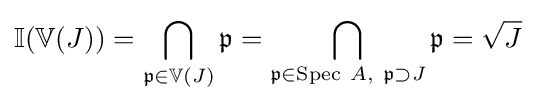
\mathbb {I} (\mathbb {V} (J))=\bigcap _{{\mathfrak {p}}\in \mathbb {V} (J)}{\mathfrak {p}}=\bigcap _{{\mathfrak {p}}\in \mathrm {Spec} \ A,\ {\mathfrak {p}}\supset J}{\mathfrak {p}}={\sqrt {J}}